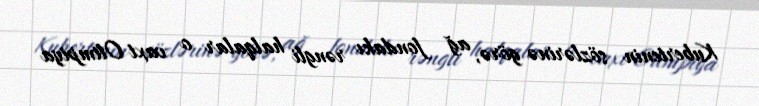
Kubertenin sözlərinə görə, ağ fondakı rəngli halqalar o vaxt Olimpiya